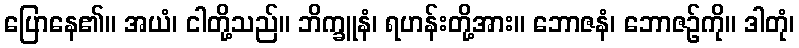
ပြောနေ၏။ အယံ၊ ငါတို့သည်။ ဘိက္ခူနံ၊ ရဟန်းတို့အား။ ဘောဇနံ၊ ဘောဇဉ်ကို။ ဒါတုံ၊